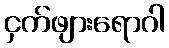
ငှက်ဖျားရောဂါ